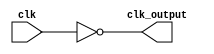
`timescale 1ns / 1ps
//////////////////////////////////////////////////////////////////////////////////
// Company: 
// Engineer: 
// 
// Design Name: 
// Module Name: not_gate
// Project Name: 
// Target Devices: 
// Tool Versions: 
// Description: 
// 
// Dependencies: 
// 
// Revision:
// Revision 0.01 - File Created
// Additional Comments:
// 
//////////////////////////////////////////////////////////////////////////////////


module not_gate(
    input clk,
    output reg clk_output
    );
    
    always @(*) begin
        clk_output <= ~clk;
    end
endmodule